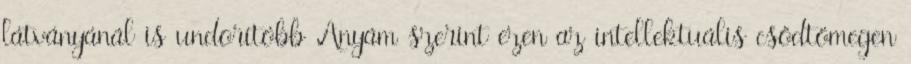
látványánál is undorítóbb Anyám szerint ezen az intellektuális csődtömegen